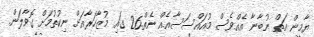
ޔާމީން އަތް ނުބާނާ އެއްވެސް މުއައްސަސާއެއް ނެތް.26 ގައި މުޒާހަރާއަށް ނިކުތުމަށް ގޮވާލަން.